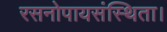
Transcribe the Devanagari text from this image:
रसनोपायसंस्थिता।